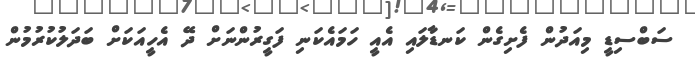
ސަބްސިޑީ މިއަދުން ފެށިގެން ކަނޑާލައި އެއީ ހަމައެކަނި ފަގީރުންނަށް ދޭ އެހީއަކަށް ބަދަލުކުރުމުން